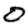
Digit: 0